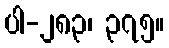
ပါ-၂၈၃၊ ၃၇၅။